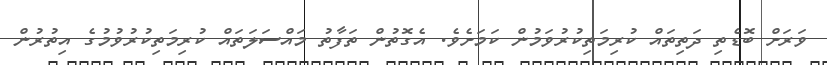
ވަރަށް ބޮޑެތި ދަތިތައް ކުރިމަތިކުރުވަމުން ކަމަށެވެ. އެގޮތުން ތަފާތު މައްސަލަތައް ކުރިމަތިކުރުވުމުގެ އިތުރުން